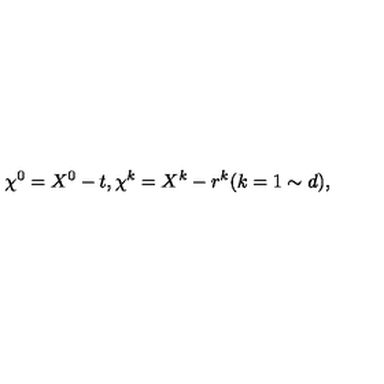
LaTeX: \chi ^ { 0 } = X ^ { 0 } - t , \chi ^ { k } = X ^ { k } - r ^ { k } ( k = 1 \sim d ) ,